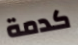
كدمة